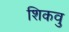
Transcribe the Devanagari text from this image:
शिकवु